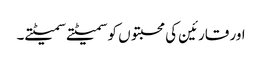
اور قارئین کی محبتوں کو سمیٹتے سمیٹتے۔